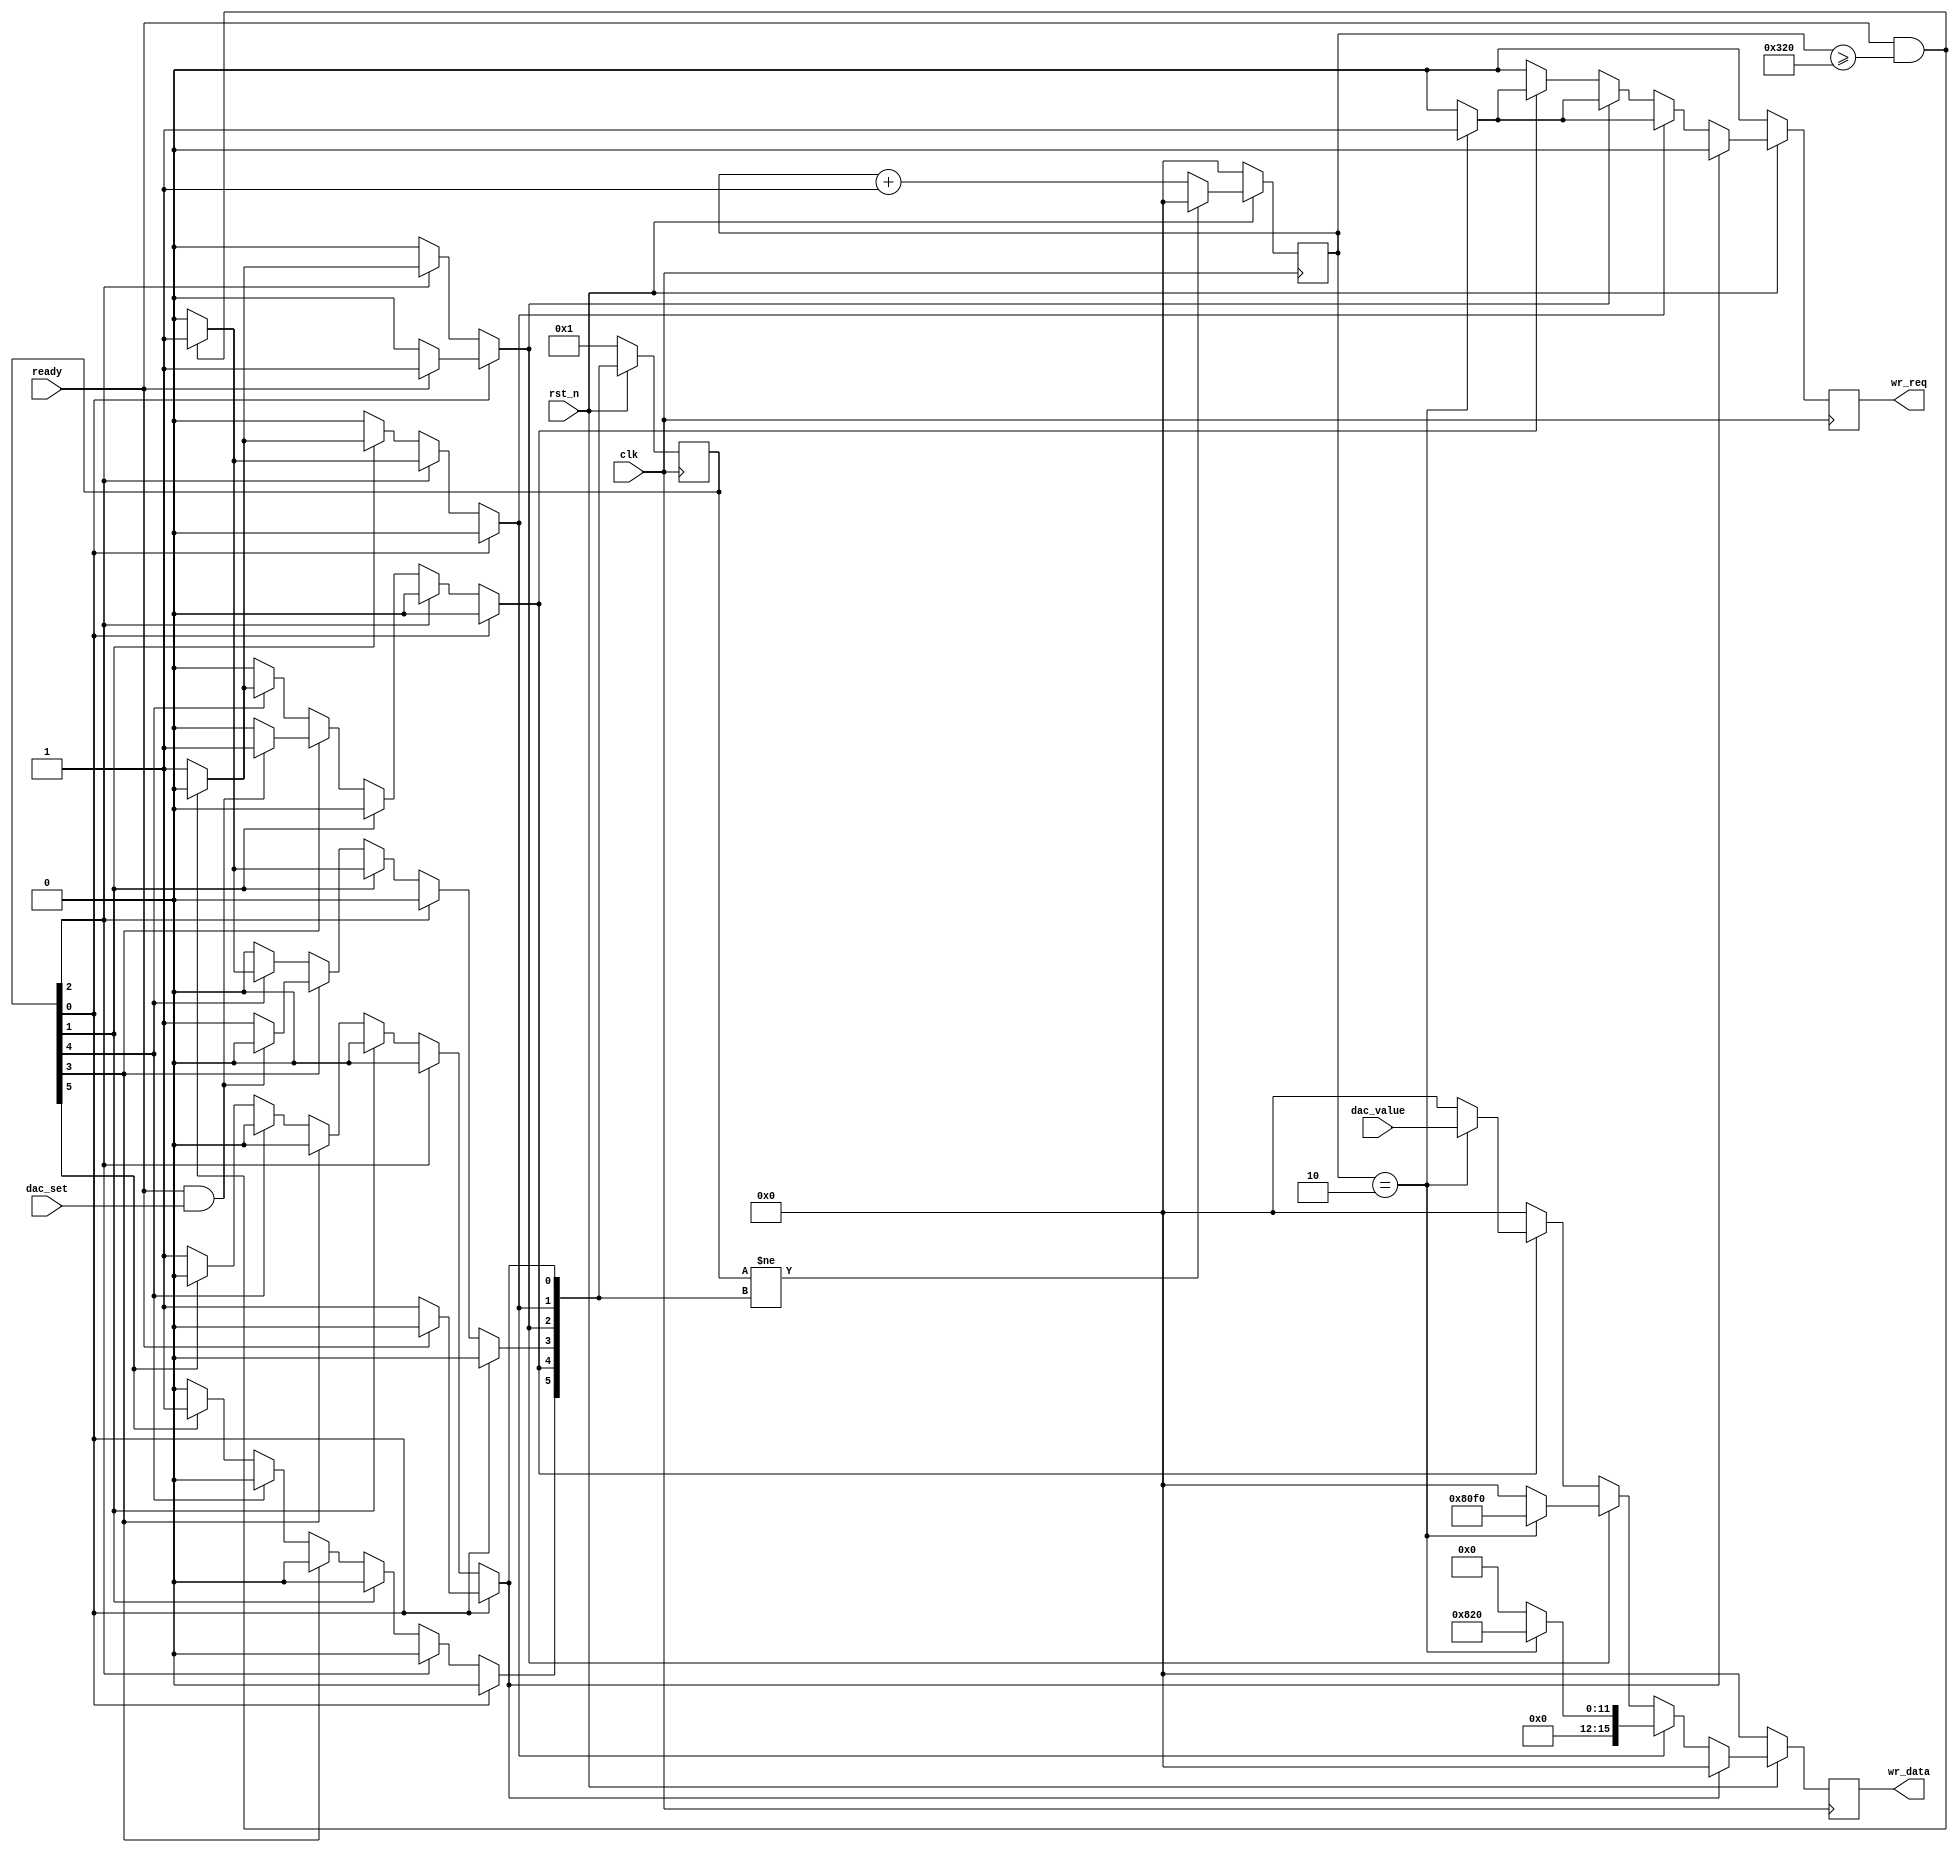
/*=============================================================================
# FileName    : ad5328_drive.v
# Author      : author
# Email       : email@email.com
# Description :
                APD serial num   dac channal
                PMT serial num   dac channal
# Version     : 1.0
# LastChange  : 2016-11-11 16:07:02
# ChangeLog   :
=============================================================================*/

`timescale  1 ns/1 ps

module ad5328_drive
(
    input   wire                clk,
    input   wire                rst_n,

    input   wire                dac_set,
    input   wire [15:0]         dac_value,

    input   wire                ready,
    output  reg                 wr_req,
    output  reg  [15:0]         wr_data
);

localparam              DATA_BIT = 1'b0;
localparam              CRTL_BIT = 1'b1;
localparam              CHANNAL_A = 3'b000;
localparam              CHANNAL_B = 3'b001;     // pmt_hv1
localparam              CHANNAL_C = 3'b010;     // pmt_hv2
localparam              CHANNAL_D = 3'b011;     // pmt_hv3
localparam              CHANNAL_E = 3'b100;
localparam              CHANNAL_F = 3'b101;
localparam              CHANNAL_G = 3'b110;
localparam              CHANNAL_H = 3'b111;

localparam              IDLE            = 0;
localparam              CONFIG_GAIN     = 1;
localparam              CONFIG_LDAC     = 2;
localparam              WAIT            = 3;
localparam              SET             = 4;
localparam              OVER            = 5;
reg     [OVER:0]        cs = 'd1, ns = 'd1;
reg     [15:0]          state_cnt;

// synthesis translate_off
reg [127:0] cs_STRING;
always @(*)
begin
    case(1'b1)
        cs[IDLE]: cs_STRING = "IDLE";
        cs[CONFIG_GAIN]: cs_STRING = "CONFIG_GAIN";
        cs[CONFIG_LDAC]: cs_STRING = "CONFIG_LDAC";
        cs[WAIT]: cs_STRING = "WAIT";
        cs[SET]: cs_STRING = "SET";
        cs[OVER]: cs_STRING = "OVER";
        default: cs_STRING = "XXXX";
    endcase
end
// synthesis translate_on

always @(posedge clk)
begin
    if(~rst_n)
        cs <= 'd1;
    else
        cs <= ns;
end

always @(*)
begin
    ns = 'd0;
    case(1'b1)
        cs[IDLE]:
        begin
            if(ready)
                ns[CONFIG_LDAC] = 1'b1;
            else
                ns[IDLE] = 1'b1;
//            ns[WAIT] = 1'b1;
        end
        cs[CONFIG_LDAC]:
        begin
            if(ready & state_cnt >= 800)
                ns[CONFIG_GAIN] = 1'b1;
            else
                ns[CONFIG_LDAC] = 1'b1;
        end
        cs[CONFIG_GAIN]:
        begin
            if(ready & state_cnt >= 800)
                ns[WAIT] = 1'b1;
            else
                ns[CONFIG_GAIN] = 1'b1;
        end
        cs[WAIT]:
        begin
            if(ready & dac_set)
                ns[SET] = 1'b1;
            else
                ns[WAIT] = 1'b1;
        end
        cs[SET]:
        begin
            if(ready & state_cnt >= 800)
                ns[WAIT] = 1'b1;
            else
                ns[SET] = 1'b1;
        end
        cs[OVER]:
        begin
            ns[OVER] = 1'b1;
        end
        default:
            ns[IDLE] = 1'b1;
    endcase
end


always @ (posedge clk)
begin
    if(~rst_n)
    begin
        wr_req <= 0;
        wr_data <= 0;
    end
    else
    begin
        case (1'b1)
            ns[IDLE]:
            begin
                wr_req <= 0;
                wr_data <= 0;
            end
            ns[CONFIG_GAIN]:
            begin
                if(state_cnt == 2)
                begin
                    wr_req <= 1;
                    wr_data <= {1'b0,3'd0,10'd520,2'd0};
                end
                else
                begin
                    wr_req <= 0;
                    wr_data <= 0;
                end
            end
            ns[CONFIG_LDAC]:
            begin
                if(state_cnt == 2)
                begin
                    wr_req <= 1;
                    wr_data <= {1'b1,3'd0,10'd60,2'd0};
                end
                else
                begin
                    wr_req <= 0;
                    wr_data <= 0;
                end
            end
            ns[SET]:
            begin
                if(state_cnt == 2)
                begin
                    wr_req <= 1;
                    wr_data <= dac_value;
                end
                else
                begin
                    wr_req <= 0;
                    wr_data <= 0;
                end
            end
            default:
            begin
                wr_req <= 0;
                wr_data <= 0;
            end
        endcase
    end
end

always @ (posedge clk)
begin
    if(~rst_n)
        state_cnt <= 0;
    else if (cs != ns)
        state_cnt <= 0;
    else
        state_cnt <= state_cnt + 1'b1;
end
endmodule